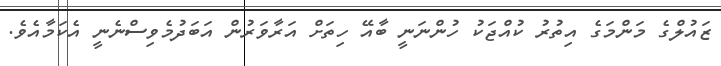
ޒައުލްގެ މަންމަގެ އިތުރު ކުއްޖަކު ހުންނަނީ ބާއޭ ހިތަށް އަރާވަރުން އަބަދުމެވިސްނެނީ އެކަމާއެވެ.